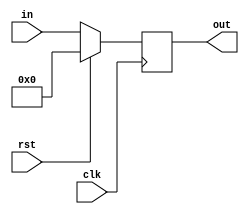
module shiftregister_PIPO #(parameter width=8)(clk,rst,in,out);
input clk,rst;
input [width-1:0] in;
output reg [width-1:0]out;    //parallel out output.
reg [width-1:0]k;    //Register
initial k='b0;     //Initially register contents are set to 0.
always @(posedge clk)
begin
	if(rst==1'b1)
	begin
		k<='b0;
		out<='b0;
	end
	else   
	begin
		k<=in;
		out<=in;
	end
end
endmodule